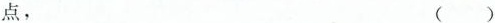
点， ()